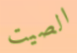
الصيت